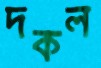
দকল